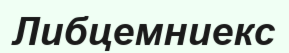
Либцемниекс